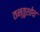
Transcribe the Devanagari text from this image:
तन्तुशोथ